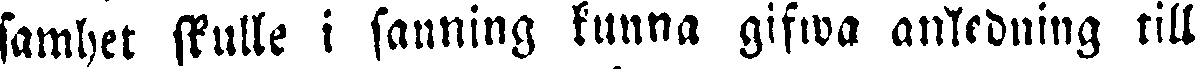
samhet skulle i sanning kunna gifwa anledning till